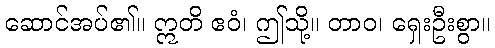
ဆောင်အပ်၏။ ဣတိ ဧဝံ၊ ဤသို့။ တာဝ၊ ရှေးဦးစွာ။